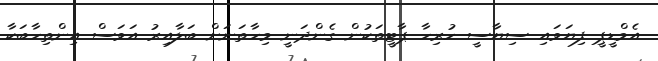
އެމްޑީޕީ ފިޔަވައި ސިޔާސީ ހުރިހާ ޕާޓީތަކުން ގެންދަނީ މިހާތަނަށް ބަލާއިރު އަވަސް އިންތިހާބަކާ